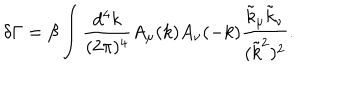
\delta \Gamma = \beta \int \frac { d ^ { 4 } k } { ( 2 \pi ) ^ { 4 } } A _ { \mu } ( k ) A _ { \nu } ( - k ) \frac { \tilde { k } _ { \mu } \tilde { k } _ { \nu } } { ( \tilde { k } ^ { 2 } ) ^ { 2 } } .